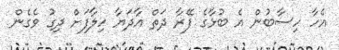
އެހާ ހިސާބުން އެ ބުޅާގެ ފޭރާ ދަތް އާދަޔާ ހިލާފަށް ދިގު ވެގެން